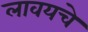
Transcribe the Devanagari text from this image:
लावयचे